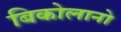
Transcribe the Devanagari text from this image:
बिकोलानो